NAE_ERA_R-2632_ENSV_TA_Emakeele_Selts_1945-1955, lk 52
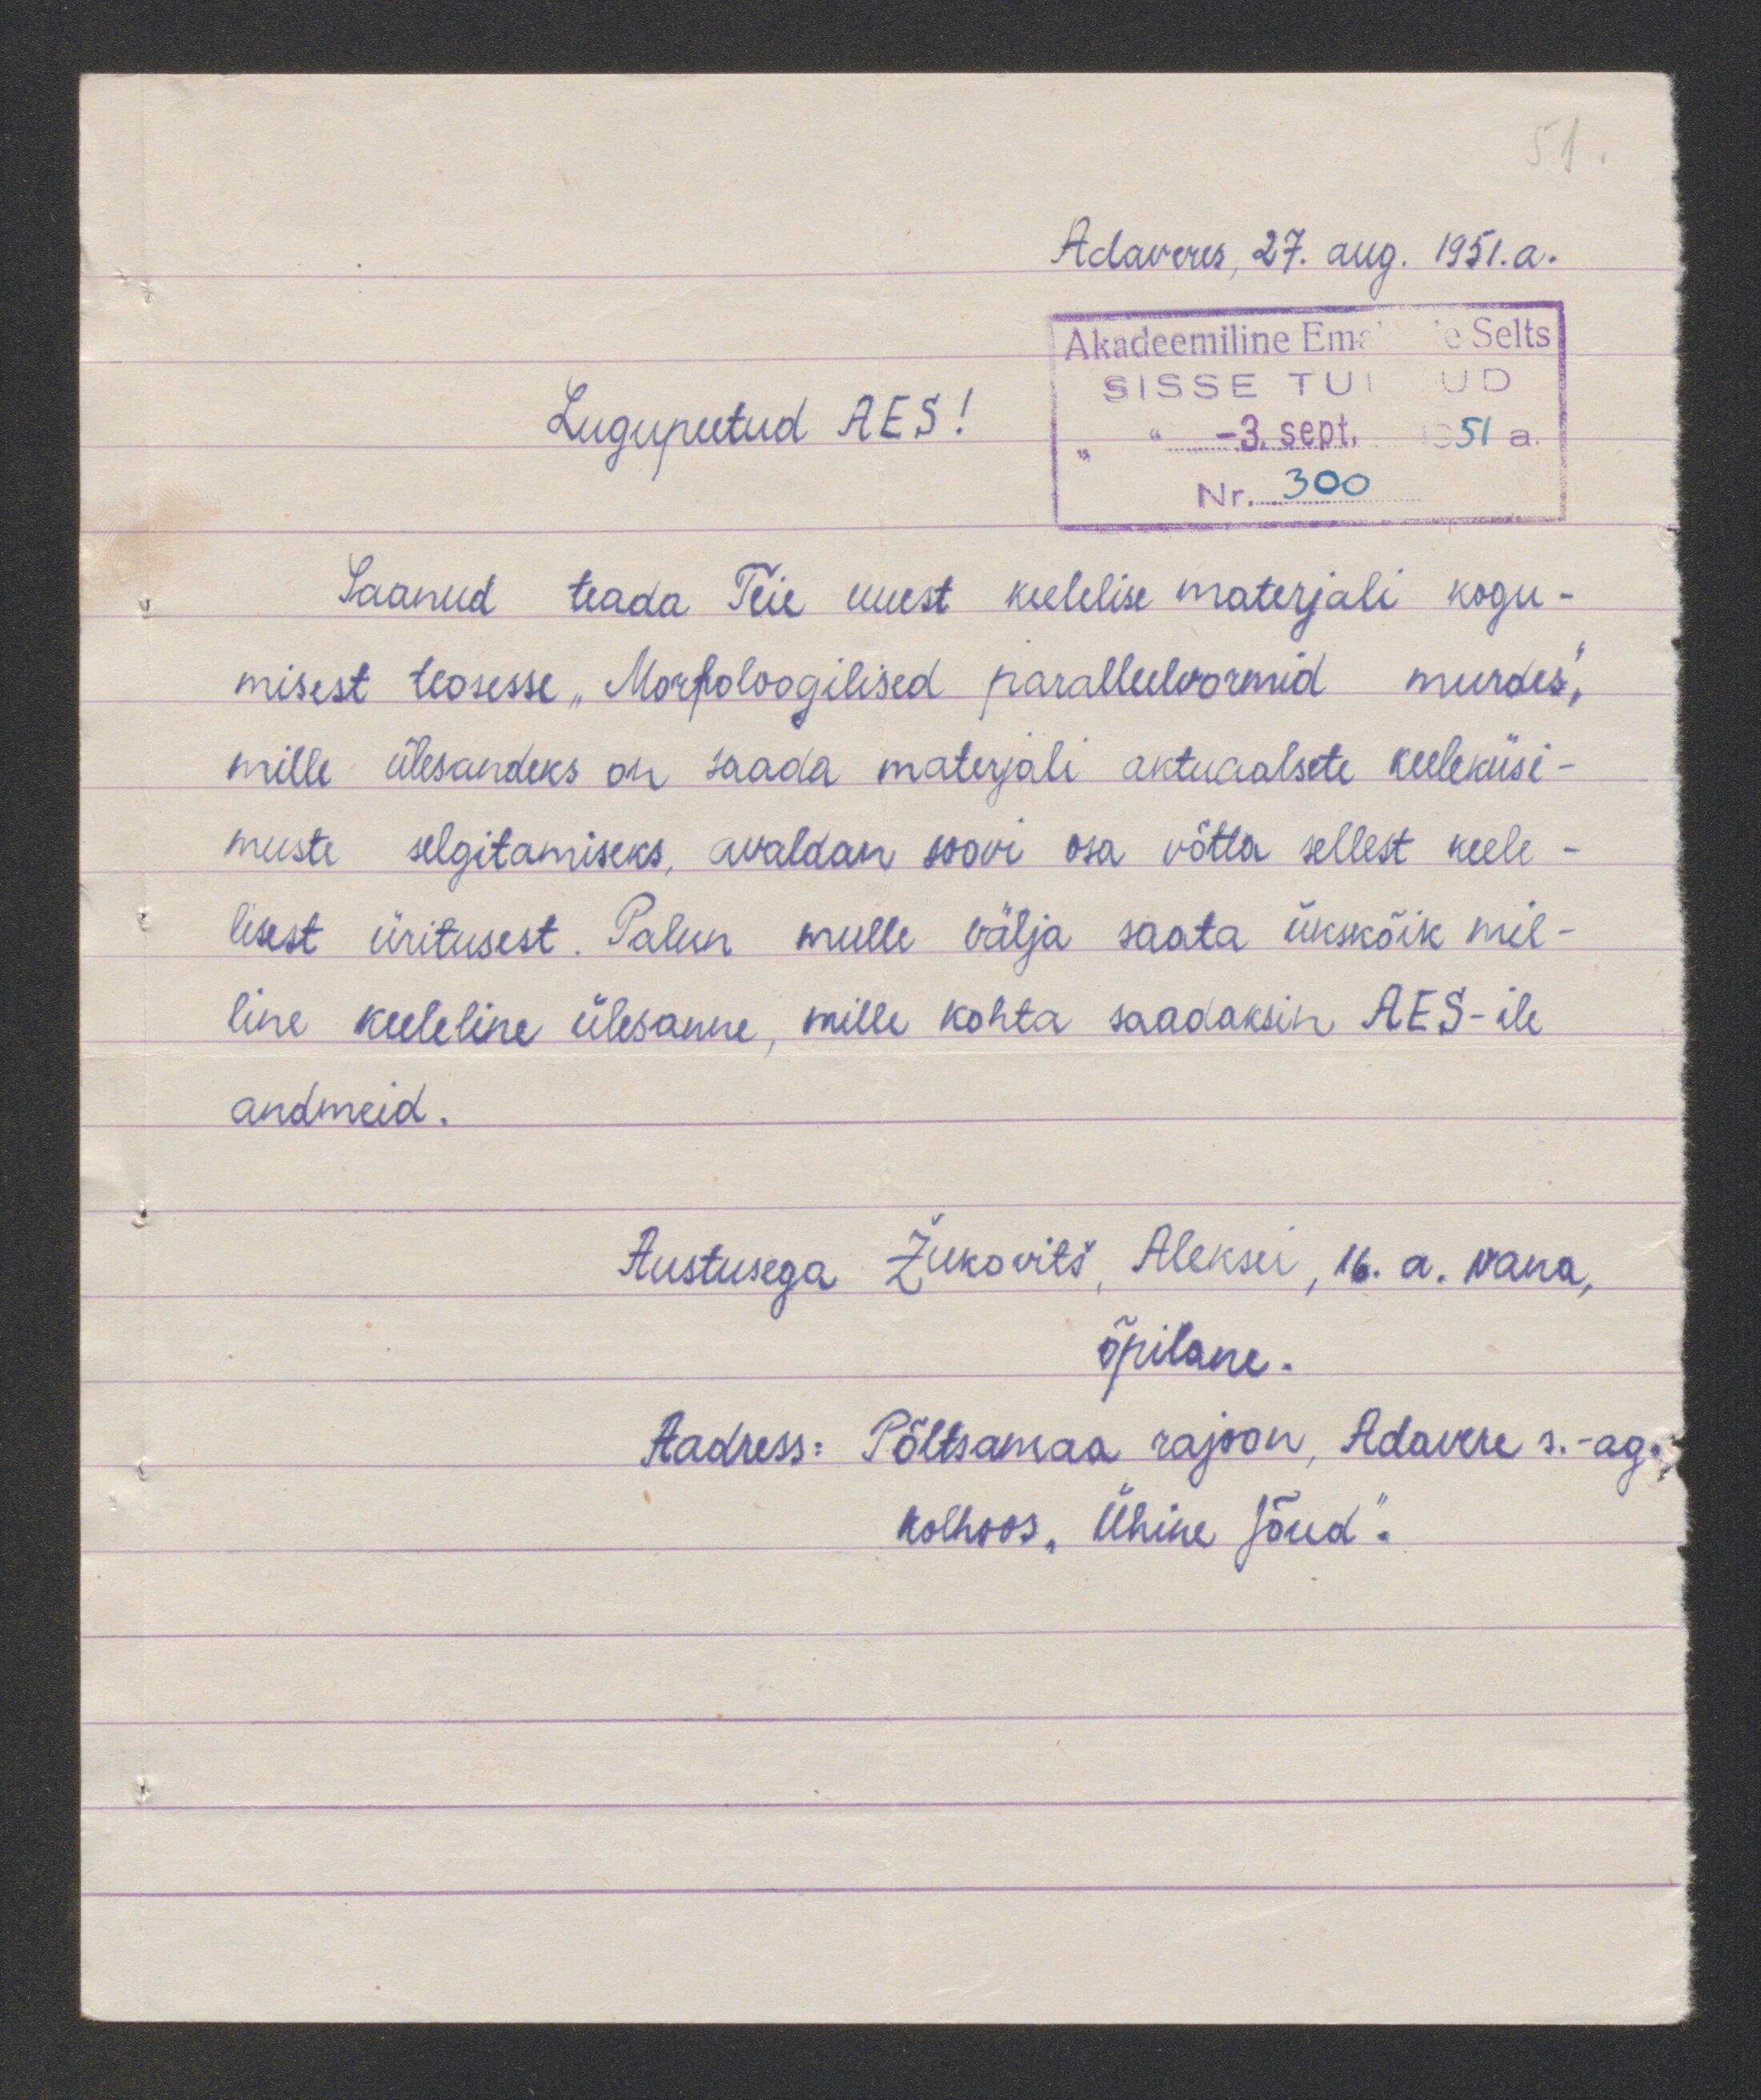
Adaveres, 27. aug. 1951.a.
Lugupeetud AES!
Saanud teada Teie uuest keelelise materjali kogu-
misest teosesse "Morfoloogilised paralleelvormid murdes"
mille ülesandeks on saada materjali aktuaalsete keeleküsi-
muste selgitamiseks, avaldan soovi osa võtta sellest keele-
lisest üritusest. Palun mulle välja saata ukskõik mil-
line keeleline ülesanne, mille kohta saadaksin AES-ile
andmeid.
Austusega Zukovits, Aleksei, 16. a. vana,
õpilane.
Aadress: Põltsamaa rajoon, Adavere s.-ag.
kolhoos "Ühine jõud".